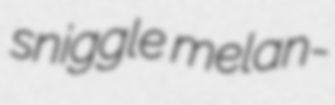
sniggle melan-